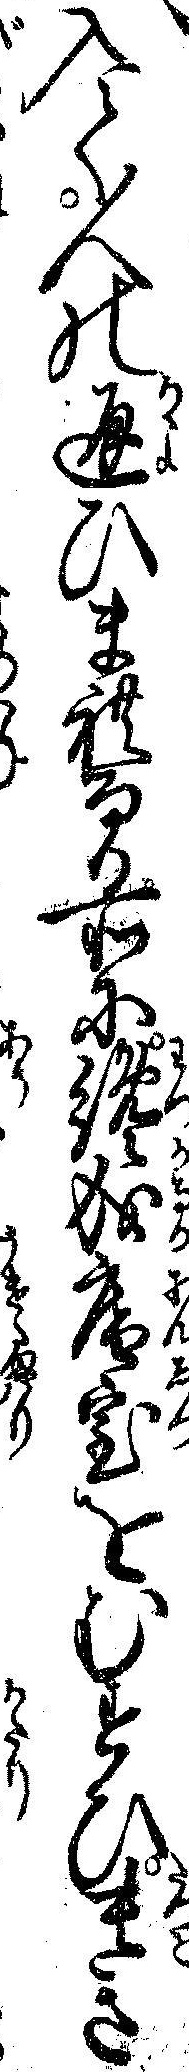
入て人の通ひまれなる所に纔成庵室をむすひ貴き